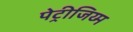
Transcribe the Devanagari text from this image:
पेट्रीजिय्म